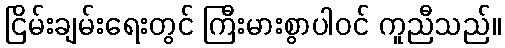
ငြိမ်းချမ်းရေးတွင် ကြီးမားစွာပါဝင် ကူညီသည်။